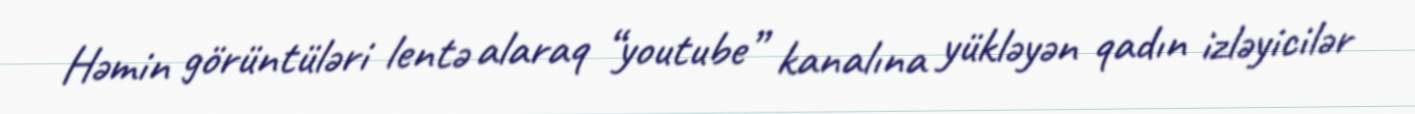
Həmin görüntüləri lentə alaraq “youtube” kanalına yükləyən qadın izləyicilər